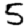
Digit: 5